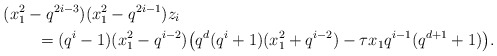
\begin{align*}& (x_1^2 - q^{2i-3})(x_1^2 - q^{2i-1}) z_i \\& \qquad = (q^i-1)(x_1^2 - q^{i-2}) \big( q^d (q^i+1)(x_1^2 + q^{i-2}) - \tau x_1 q^{i-1} (q^{d+1}+1) \big). \end{align*}